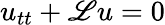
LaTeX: u_{tt}+\mathscr{L}u=0